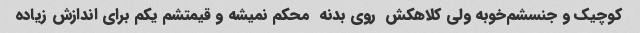
کوچیک و جنسشم‌خوبه ولی کلاهکش  روی بدنه  محکم نمیشه و قیمتشم یکم برای اندازش زیاده